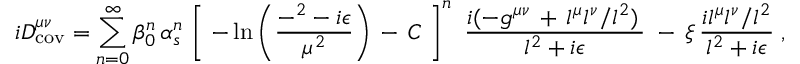
i D _ { \mathrm { c o v } } ^ { \mu \nu } = \sum _ { n = 0 } ^ { \infty } \beta _ { 0 } ^ { n } \, \alpha _ { s } ^ { n } \, \left[ \; - \ln \left( { \frac { - \l ^ { 2 } - i \epsilon } { \mu ^ { 2 } } } \right) \, - \, C \; \right] ^ { n } \, \, { \frac { i ( - g ^ { \mu \nu } \, + \, l ^ { \mu } l ^ { \nu } / l ^ { 2 } ) \, } { l ^ { 2 } + i \epsilon } } \; - \, \xi \, { \frac { i l ^ { \mu } l ^ { \nu } / l ^ { 2 } } { l ^ { 2 } + i \epsilon } } \; ,